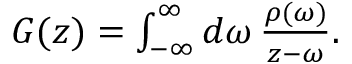
\begin{array} { r } { G ( z ) = \int _ { - \infty } ^ { \infty } d \omega \, \frac { \rho ( \omega ) } { z - \omega } . } \end{array}